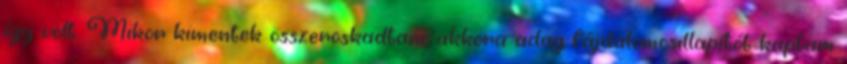
így volt. Mikor kimentek összeroskadtam, akkora adag fájdalomcsillapítót kaptam